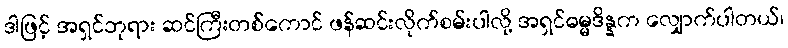
ဒါဖြင့် အရှင်ဘုရား ဆင်ကြီးတစ်ကောင် ဖန်ဆင်းလိုက်စမ်းပါလို့ အရှင်ဓမ္မဒိန္နက လျှောက်ပါတယ်၊